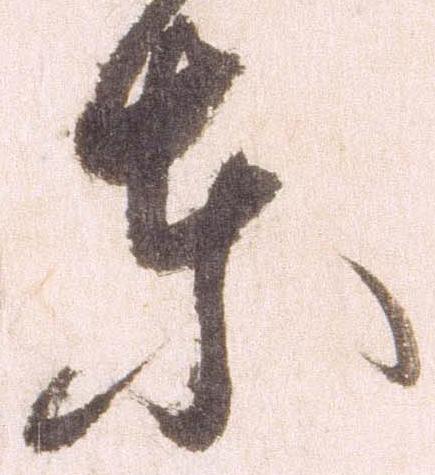
東